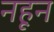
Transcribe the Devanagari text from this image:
नहून